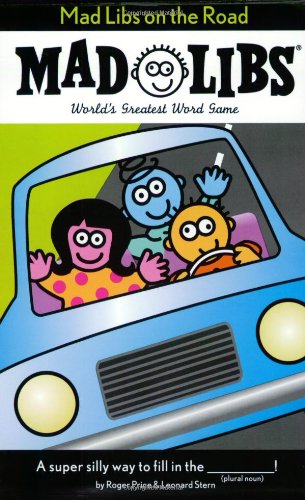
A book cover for Mad Libs on the Road; Roger Price; Children's Books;